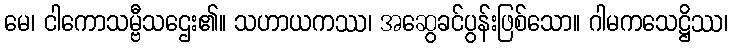
မေ၊ ငါကောသမ္ဗီသဌေး၏။ သဟာယကဿ၊ အဆွေခင်ပွန်းဖြစ်သော။ ဂါမကသေဋ္ဌိဿ၊